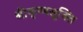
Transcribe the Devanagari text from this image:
श्रीकृष्णसूक्ति